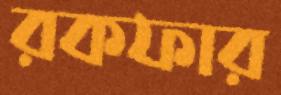
রকফার